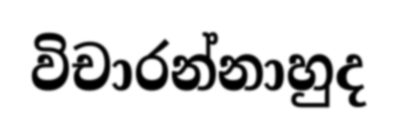
විචාරන්නාහුද